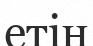
етін